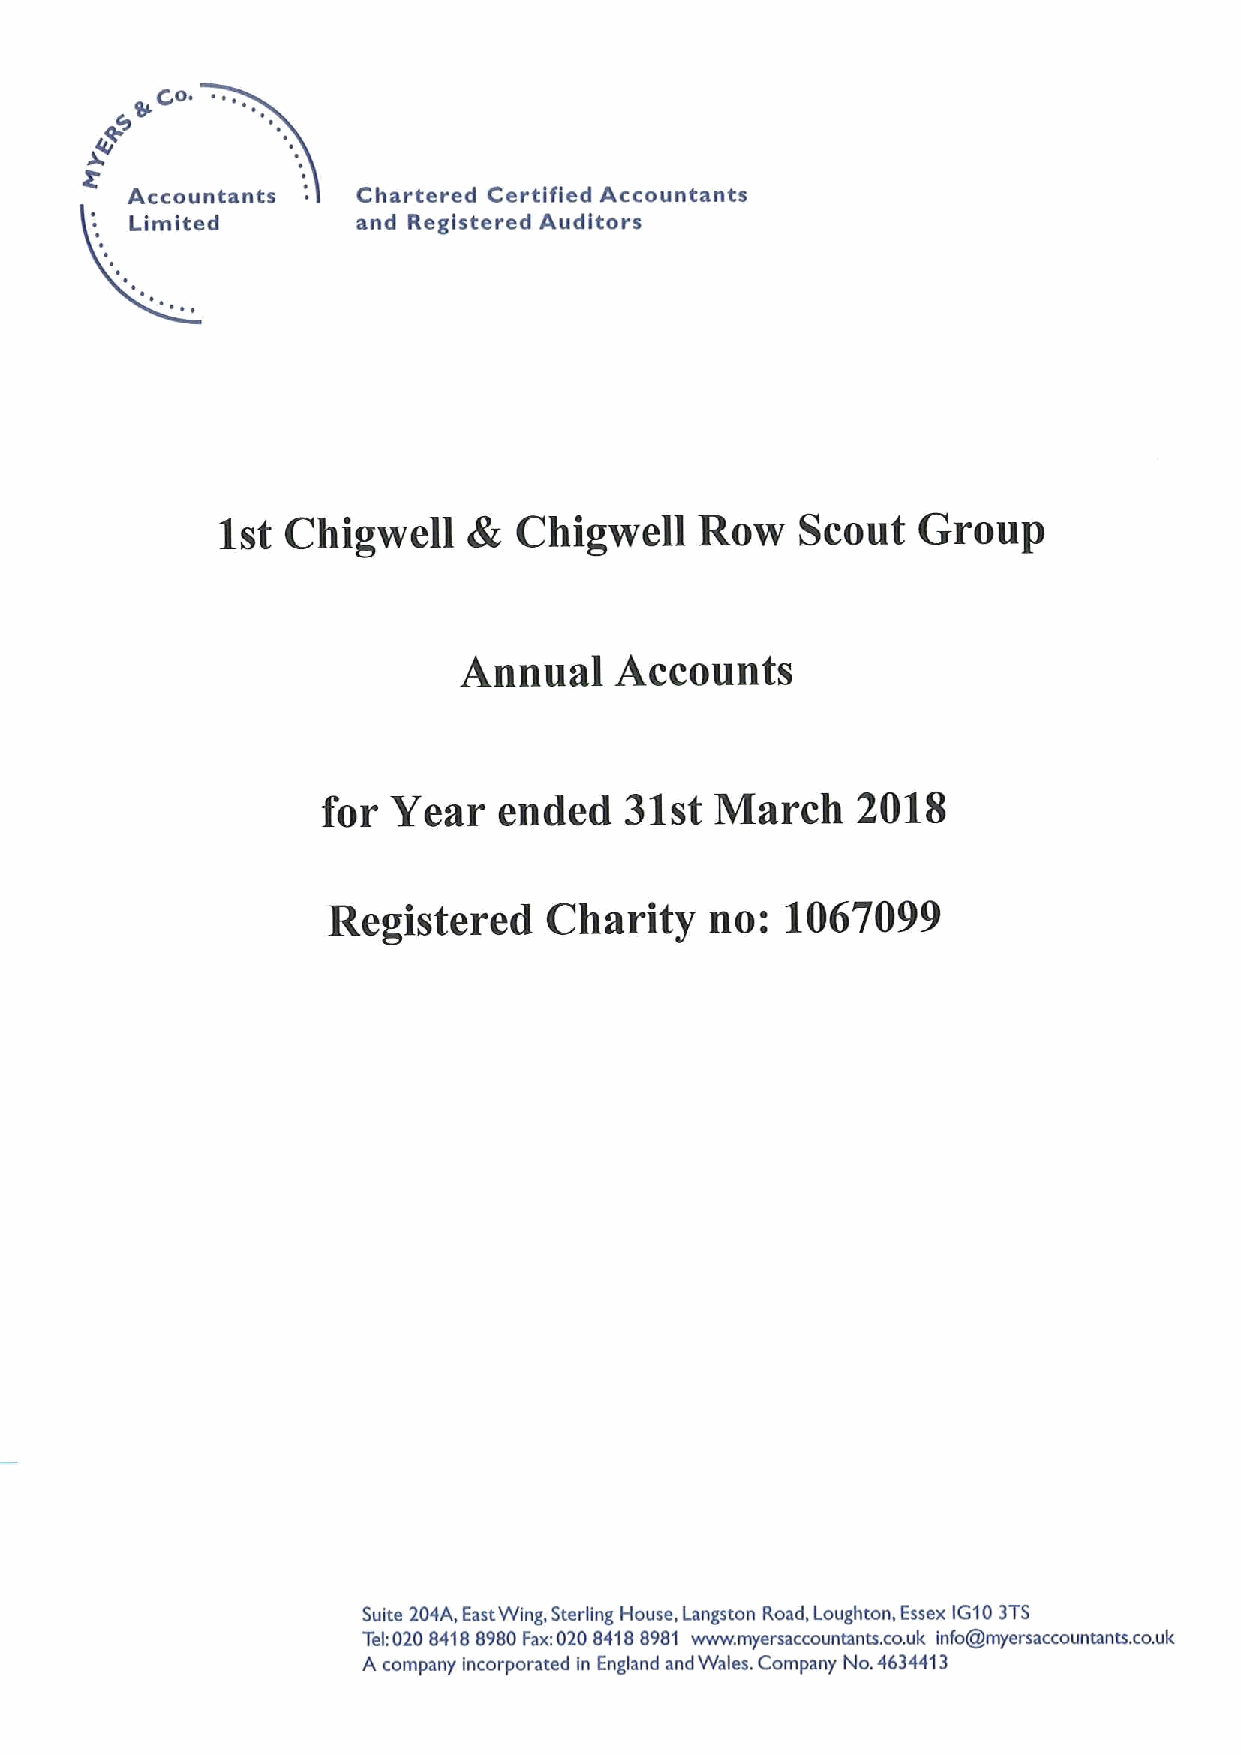
Co. ~ ~,
 ro
 Accountants     Chartered Certified Accountants
 Limited        and Registered Auditors
 4
 1st  Chigwell       Chigwell    Row    Scout   Group
 Annual     Accounts
 for  Year   ended   31st  March     2018
 Registered    Charity    no:  1067099
 Suite 204A, EastWing, Sterling House, Langston Road, Loughton, Essex IG103TS
 Tek020 84188980Fax:020 84188981 www. myersaccountants. co.uk info@myersaccountants. co.uk
 A company incorporated in England and Wales. Company No.4634413